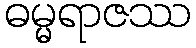
ဓမ္မရာဇဿ